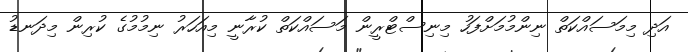
އަދި މިމަސައްކަތް ނިންމުމަށްފަހު މިނިސްޓްރީން މަސައްކަތް ކުރާނީ މިއަހަރު ނިމުމުގެ ކުރިން މިދަނޑު